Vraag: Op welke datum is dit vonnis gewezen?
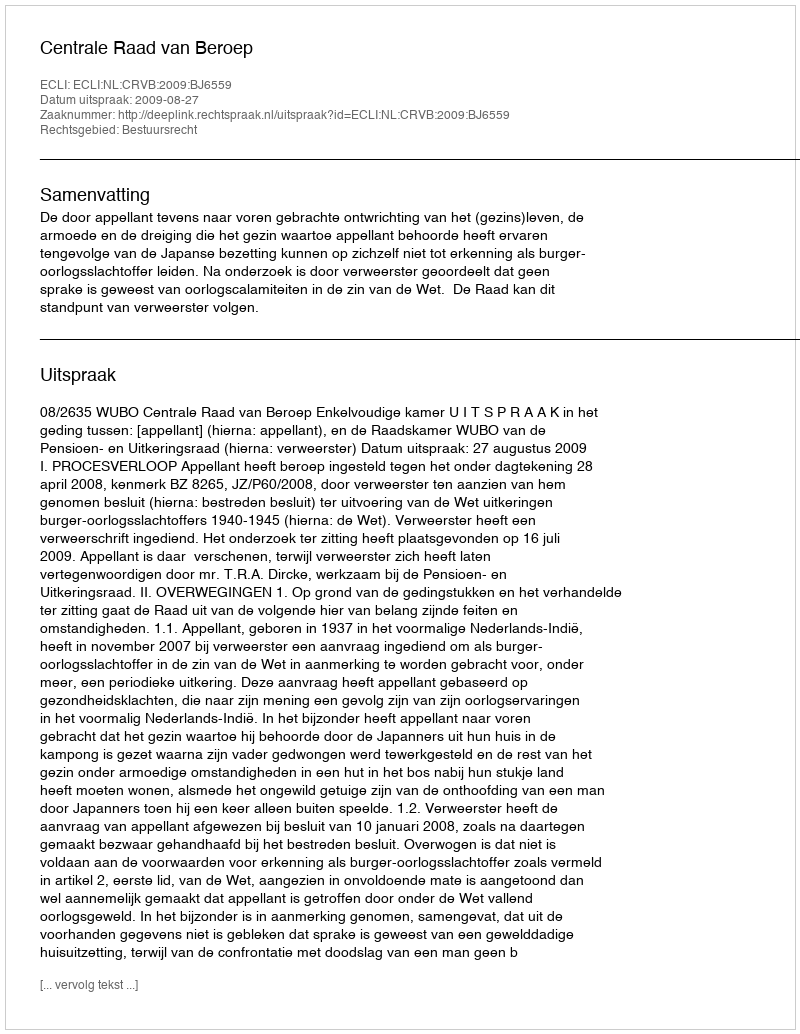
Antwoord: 2009-08-27